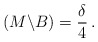
\begin{align*}\,(M\backslash B)= \frac{\delta}{4}\,.\end{align*}